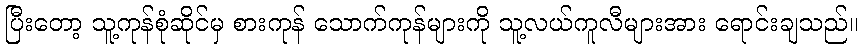
ပြီးတော့ သူ့ကုန်စုံဆိုင်မှ စားကုန် သောက်ကုန်များကို သူ့လယ်ကူလီများအား ရောင်းချသည်။